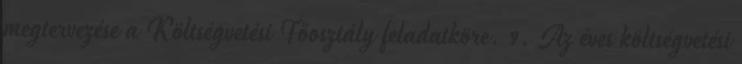
megtervezése a Költségvetési Főosztály feladatköre. 9. Az éves költségvetési